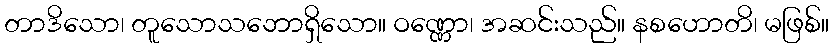
တာဒိသော၊ တူသောသဘောရှိသော။ ဝဏ္ဏော၊ အဆင်းသည်။ နစဟောတိ၊ မဖြစ်။